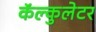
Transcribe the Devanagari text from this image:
कॅल्कुलेटर